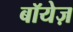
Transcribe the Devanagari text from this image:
बॉयेज़